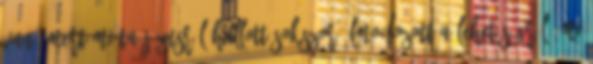
van, mert mióta Jézusról hallott,sokszor álmodozott a lehetőségről: mi